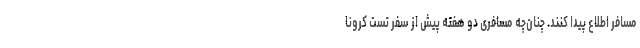
مسافر اطلاع پیدا کنند. چنان‌چه مسافری دو هفته پیش از سفر تست کرونا